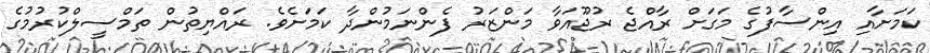
ކަމަށާއި އިންސާފުގެ މަަގަށް ރާއްޖެ ރުޖޫއަވާ މަންޒަރު ފެންނަމުންދާ ކަމަށެވެ. ރައްޔިތުން ތަމްސީލްކުރުމުގެ